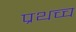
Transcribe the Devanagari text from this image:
प्रथच्च